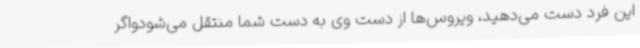
این فرد دست می‌دهید، ویروس‌ها از دست وی به دست شما منتقل می‌شودواگر